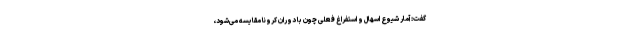
گفت: آمار شیوع اسهال و استفراغ فعلی چون با دوران کرونا مقایسه می‌شود،